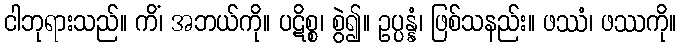
ငါဘုရားသည်။ ကိံ၊ အဘယ်ကို။ ပဋိစ္စ၊ စွဲ၍။ ဥပ္ပန္နံ၊ ဖြစ်သနည်း။ ဖဿံ၊ ဖဿကို။